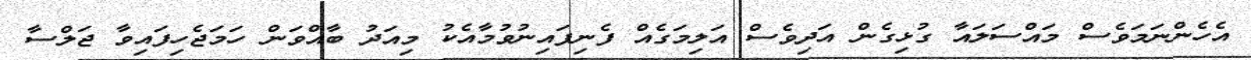
އެހެންނަމަވެސް މައްސަލައާ ގުޅިގެން އަދިވެސް އަލިމަގެއް ފެނިފައިނުވުމާއެކު މިއަދު ބާއްވަން ހަމަޖެހިފައިވާ ޖަލްސާ